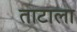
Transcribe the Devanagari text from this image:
ताटाला